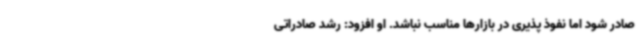
صادر شود اما نفوذ پذیری در بازارها مناسب نباشد. او افزود: رشد صادراتی